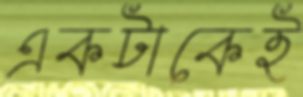
একটাকেই